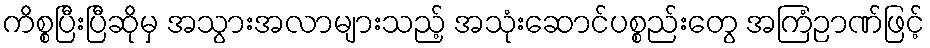
ကိစ္စပြီးပြီဆိုမှ အသွားအလာများသည့် အသုံးဆောင်ပစ္စည်းတွေ အကြံဉာဏ်ဖြင့်